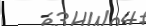
-      :